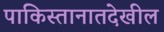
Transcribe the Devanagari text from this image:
पाकिस्तानातदेखील